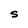
Character: S